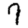
Digit: 7